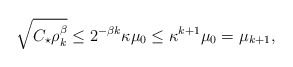
\begin{align*}\sqrt{ C_{\star}\rho_{k}^{\beta}}\le 2^{-\beta k}\kappa\mu_{0}\le\kappa^{k+1}\mu_{0}= \mu_{k+1},\end{align*}